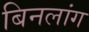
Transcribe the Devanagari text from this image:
बिनलांग